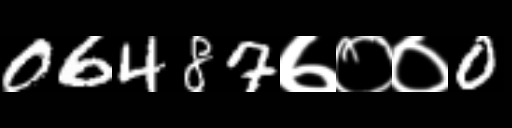
Text: 06487७००0